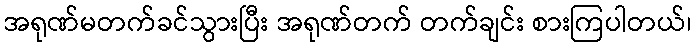
အရုဏ်မတက်ခင်သွားပြီး အရုဏ်တက် တက်ချင်း စားကြပါတယ်၊